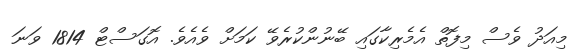
މިއަދު ވެސް މިފޮތް އެމެރިކާގައި ބޭނުންކުރެވޭ ކަމަށް ވެއެވެ. އޮގަސްޓް 1814 ވަނަ